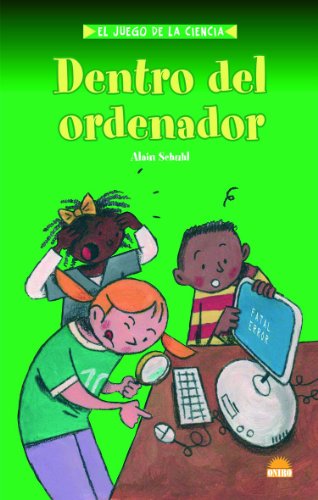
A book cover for Dentro del ordenador/ Inside the Computer (El Juego De La Ciencia/ the Game of Science) (Spanish Edition); Alain Schuhl; Children's Books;